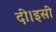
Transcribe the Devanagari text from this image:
दी।इसी